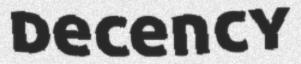
decency